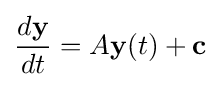
{\frac {d\mathbf {y} }{dt}}=A\mathbf {y} (t)+\mathbf {c}